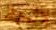
لائحة